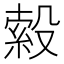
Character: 𭮹